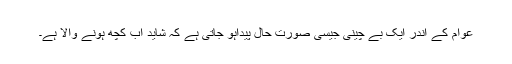
عوام کے اندر ایک بے چینی جیسی صورت حال پیداہو جاتی ہے کہ شاید اب کچھ ہونے والا ہے۔